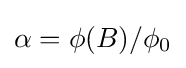
\alpha =\phi (B)/\phi _{0}